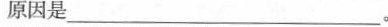
原因是___。